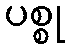
ပစ္စု